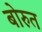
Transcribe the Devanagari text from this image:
बोरुत